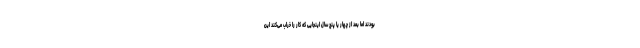
بودند اما بعد از چهار یا پنج سال اینجایی که کار را خراب می‌کند این